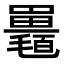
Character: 𣰱